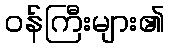
ဝန်ကြီးများ၏